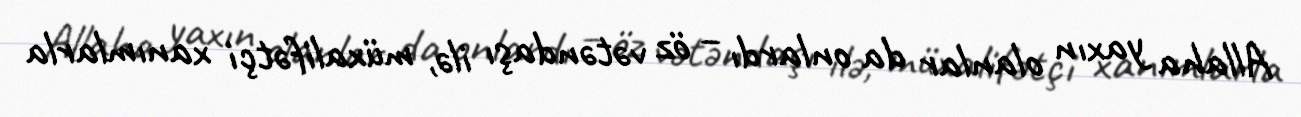
Allaha yaxın olanlar da onlardı – öz vətəndaşı ilə, müxalifətçi xanımlarla